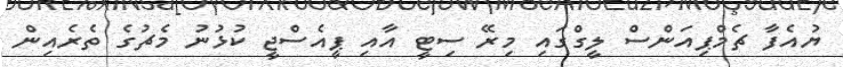
ޔުއެފާ ޗެމްޕިއަންސް ލީގްގައި މިރޭ ސިޓީ އާއި ޕީއެސްޖީ ކުޅުނު މެޗުގެ ތެރެއިން